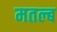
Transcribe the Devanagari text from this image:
मतल्ब